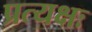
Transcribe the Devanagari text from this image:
प्रत्यक्षः